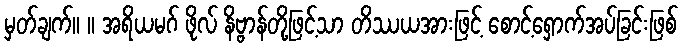
မှတ်ချက်။ ။ အရိယမဂ် ဖိုလ် နိဗ္ဗာန်တို့ဖြင့်သာ တိဿယအားဖြင့် စောင့်ရှောက်အပ်ခြင်းဖြစ်